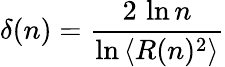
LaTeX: \delta(n)=\frac{2\, \ln n}{\ln\left\langle R(n)^{2}\right\rangle}